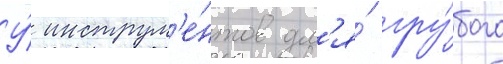
У́ инструм'е́нтов дл'я́ гру́бого